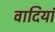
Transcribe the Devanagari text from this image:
वादियां